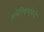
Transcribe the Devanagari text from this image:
अमेरिकनांकडे